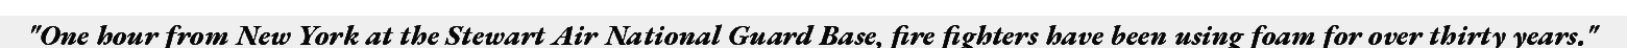
"One hour from New York at the Stewart Air National Guard Base, fire fighters have been using foam for over thirty years."